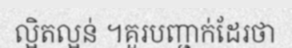
ល្អិតល្អន់ ។គួរបញ្ជាក់ដែរថា